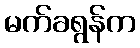
မက်ခရွန်က